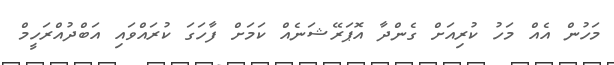
މަހުން އެއް މަހު ކުރިއަށް ގެންދާ އޮޕަރޭޝަނެއް ކަމަށް ފާހަގަ ކުރައްވައި އަބްދުއްރަހީމް